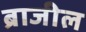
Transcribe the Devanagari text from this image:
ब्राजील